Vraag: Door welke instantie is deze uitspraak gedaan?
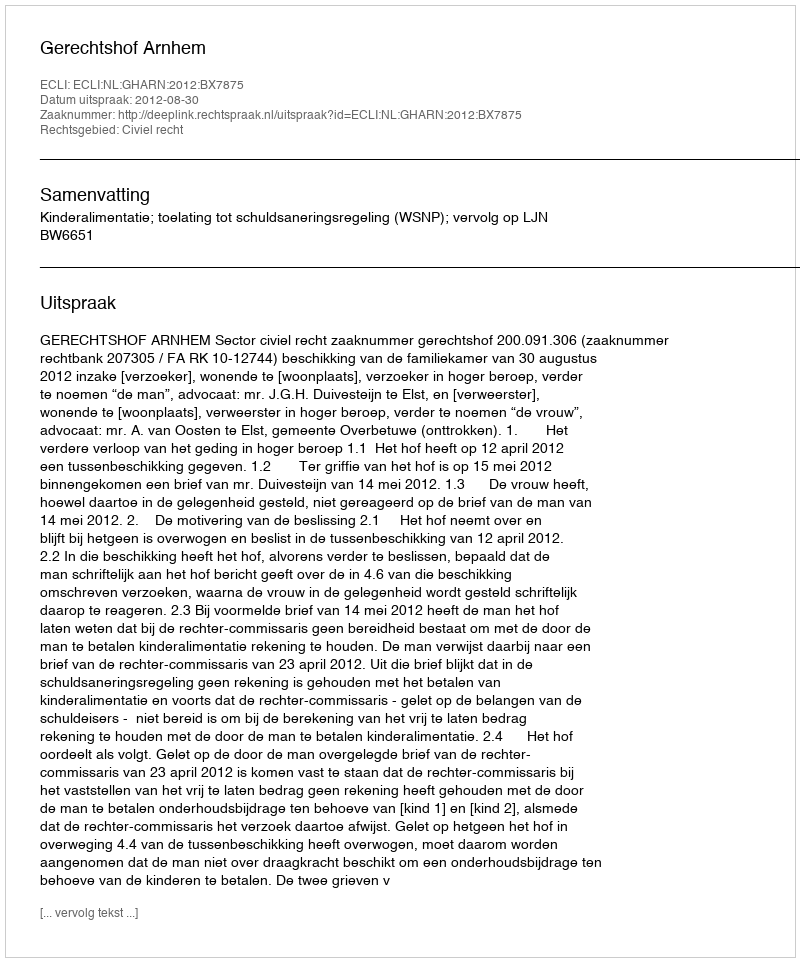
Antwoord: Gerechtshof Arnhem